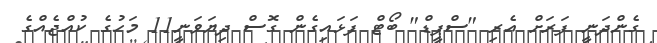
ގެންދަނީ ފަރަށް އެރި "ސްޕީޑް" ބޯޓް ފަޅައިގެން ގޮސް ދިޔަވަނީ11 މަހުގެ ކުއްޖެއްގެ